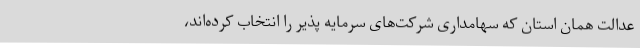
عدالت همان استان که سهامداری شرکت‌های سرمایه پذیر را انتخاب کرده‌اند،